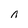
Character: n